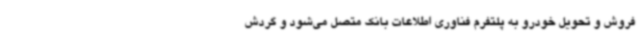
فروش و تحویل خودرو به پلتفرم فناوری اطلاعات بانک متصل می‌شود و گردش